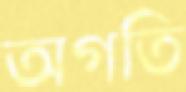
অগতি